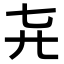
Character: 𬺽